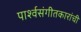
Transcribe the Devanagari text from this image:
पार्श्वसंगीतकारांची